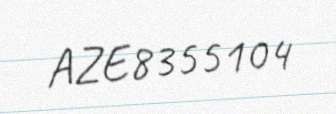
AZE8355104